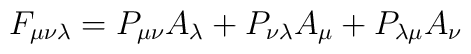
F_{\mu \nu \lambda }=P_{\mu \nu }A_{\lambda }+P_{\nu \lambda }A_{\mu}+P_{\lambda \mu }A_{\nu }